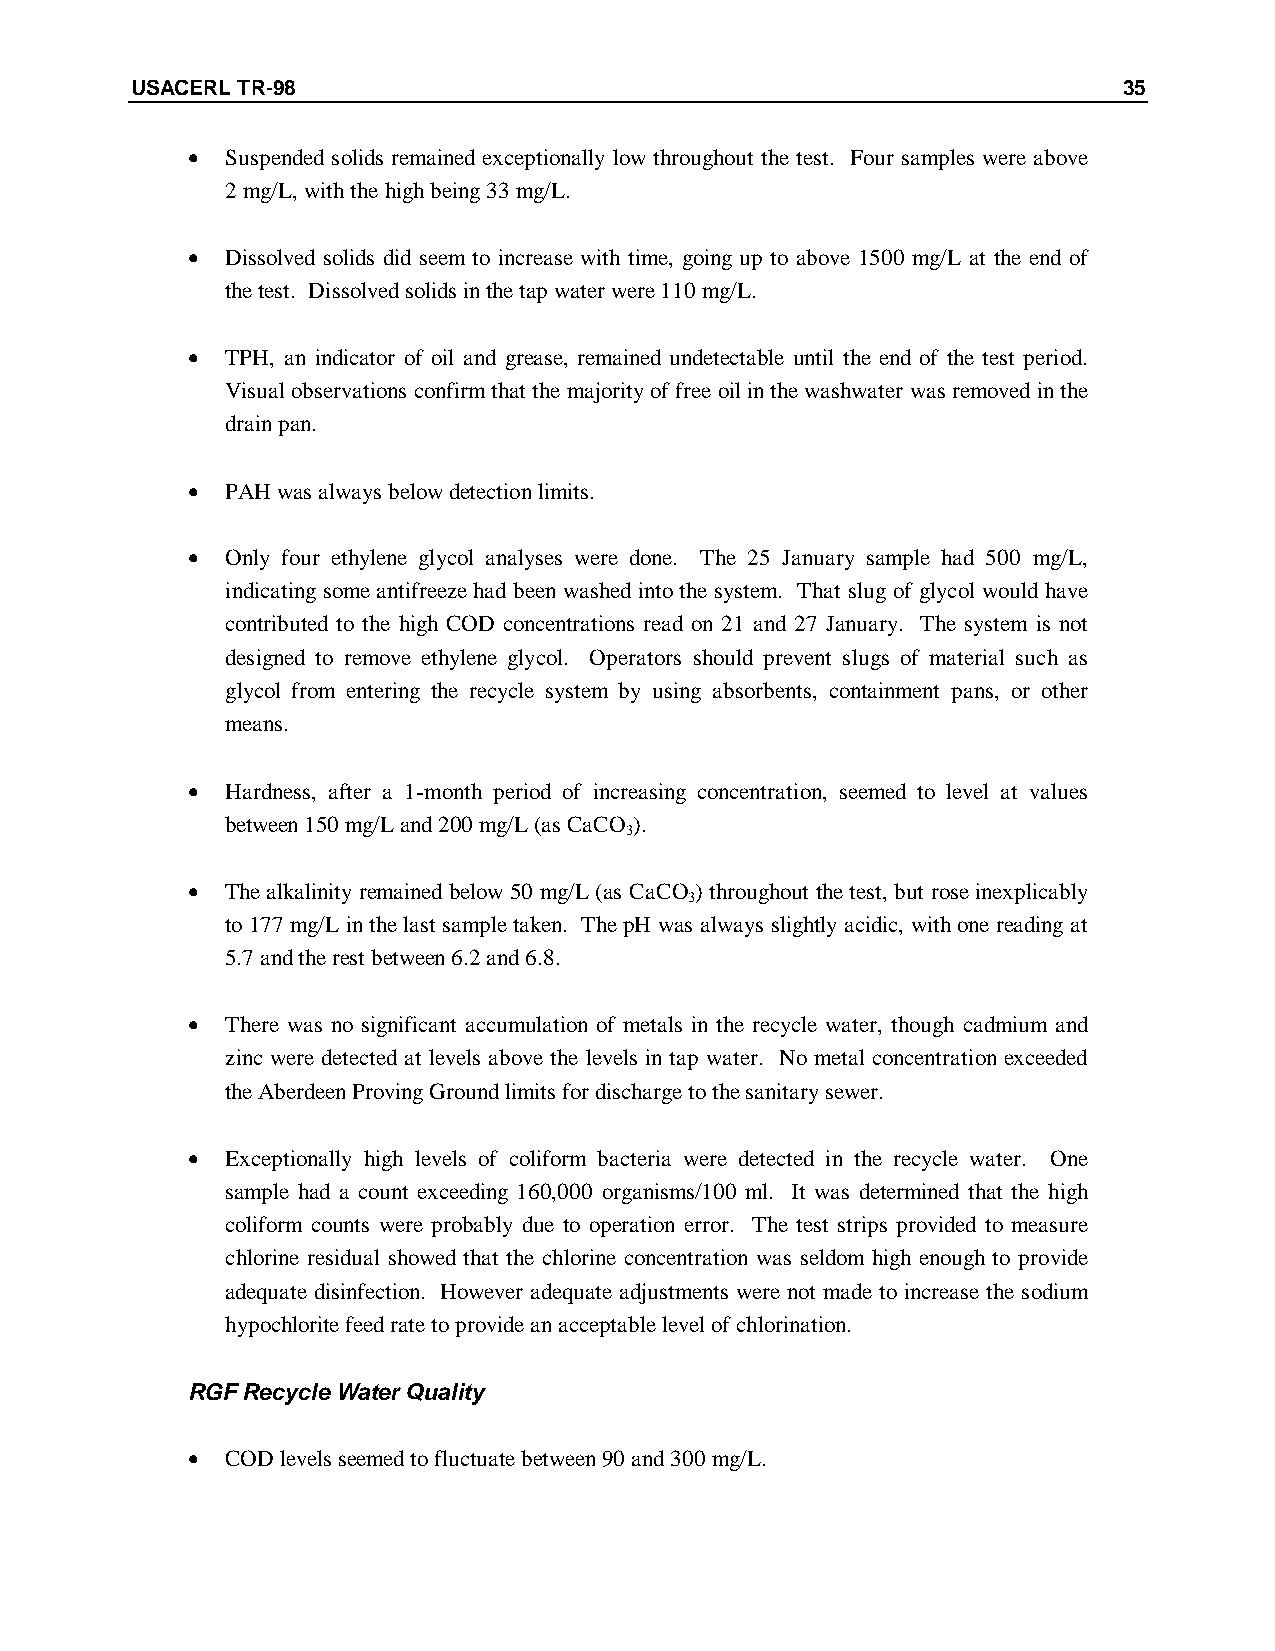
USACERL TR-98                                                    35
 •  Suspended solids remained exceptionally low throughout the test. Four samples were above
 2 mg/L, with the high being 33 mg/L.
 •  Dissolved solids did seem to increase with time, going up to above 1500 mg/L at the end of
 the test. Dissolved solids in the tap water were 110 mg/L.
 •  TPH, an indicator of oil and grease, remained undetectable until the end of the test period.
 Visual observations confirm that the majority of free oil in the washwater was removed in the
 drain pan.
 •  PAH was always below detection limits.
 •  Only four ethylene glycol analyses were done. The 25 January sample had 500 mg/L,
 indicating some antifreeze had been washed into the system. That slug of glycol would have
 contributed to the high COD concentrations read on 21 and 27 January. The system is not
 designed to remove ethylene glycol. Operators should prevent slugs of material such as
 glycol from entering the recycle system by using absorbents, containment pans, or other
 means.
 •  Hardness, after a 1-month period of increasing concentration, seemed to level at values
 between 150 mg/L and 200 mg/L (as CaCO).
 3
 •  The alkalinity remained below 50 mg/L (as CaCO) throughout the test, but rose inexplicably
 3
 to 177 mg/L in the last sample taken. The pH was always slightly acidic, with one reading at
 5.7 and the rest between 6.2 and 6.8.
 •  There was no significant accumulation of metals in the recycle water, though cadmium and
 zinc were detected at levels above the levels in tap water. No metal concentration exceeded
 the Aberdeen Proving Ground limits for discharge to the sanitary sewer.
 •  Exceptionally high levels of coliform bacteria were detected in the recycle water. One
 sample had a count exceeding 160,000 organisms/100 ml. It was determined that the high
 coliform counts were probably due to operation error. The test strips provided to measure
 chlorine residual showed that the chlorine concentration was seldom high enough to provide
 adequate disinfection. However adequate adjustments were not made to increase the sodium
 hypochlorite feed rate to provide an acceptable level of chlorination.
 RGF Recycle Water Quality
 •  COD levels seemed to fluctuate between 90 and 300 mg/L.